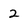
Character: 2